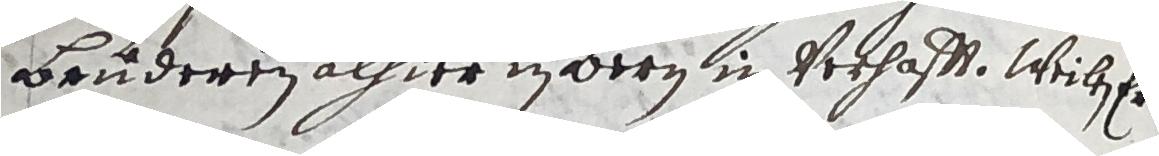
bruderen alhier in dern in verhafft weilen.